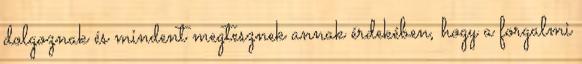
dolgoznak és mindent megtesznek annak érdekében, hogy a forgalmi